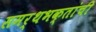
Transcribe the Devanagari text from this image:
समर्थभक्तांची